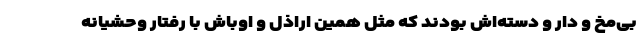
بی‌مخ و دار و دسته‌اش بودند که مثل همین اراذل و اوباش با رفتار وحشیانه